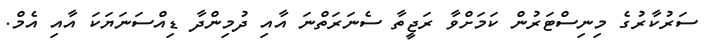
ސަރުކާރުގެ މިނިސްޓަރުން ކަމަށްވާ ރަޖީތާ ސެނަރަތްނަ އާއި ދުމިންދާ ޑިއްސަނަޔަކަ އާއި އެމް.